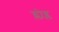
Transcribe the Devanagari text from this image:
ग्लोब्ल